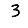
Digit: 3